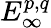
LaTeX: E_{\infty}^{p,q}